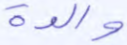
والدة